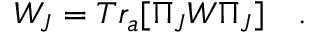
W _ { J } = T r _ { a } [ \Pi _ { J } W \Pi _ { J } ] \quad .